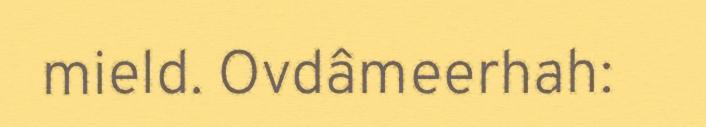
mield. Ovdâmeerhah: